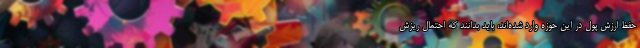
حفظ ارزش پول در این حوزه وارد شده‌اند، باید بدانند که احتمال ریزش